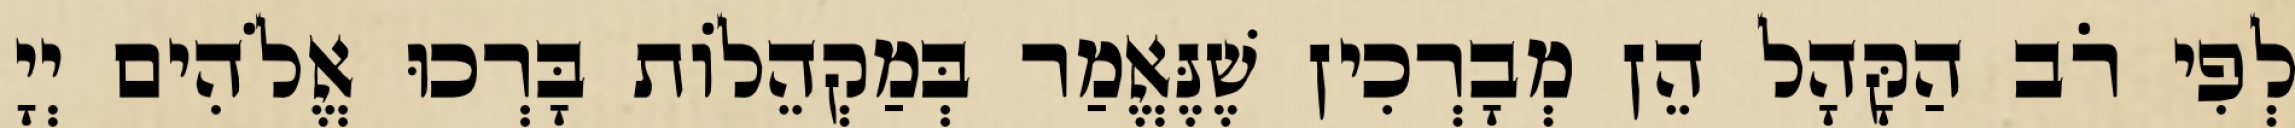
לְפִי רֹב הַקָּהָל הֵן מְבָרְכִין שֶׁנֶּאֱמַר בְּמַקְהֵלוֹת בָּרְכוּ אֱלֹהִים יְיָ